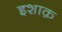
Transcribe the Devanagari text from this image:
इशाक़